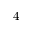
4